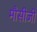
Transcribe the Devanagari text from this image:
मौसीजी